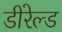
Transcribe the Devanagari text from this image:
डीरेल्ड